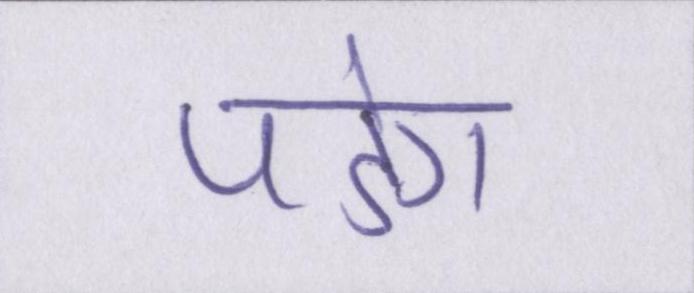
पडेगा